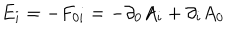
LaTeX: { E _ { i } } = - F _ { 0 i } = - \partial _ { 0 } A _ { i } + \partial _ { i } A _ { 0 } \nonumber